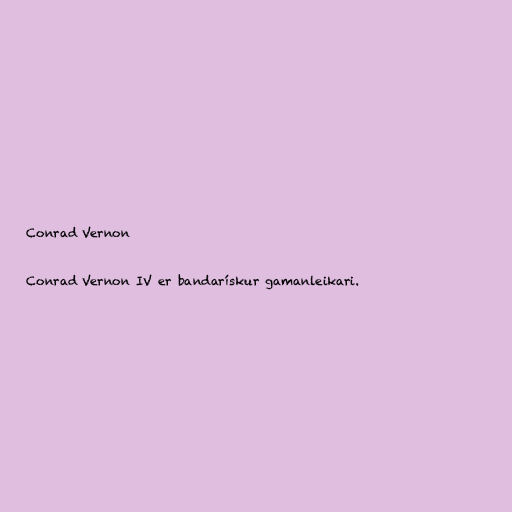
Conrad Vernon

Conrad Vernon IV er bandarískur gamanleikari.